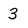
Character: 3